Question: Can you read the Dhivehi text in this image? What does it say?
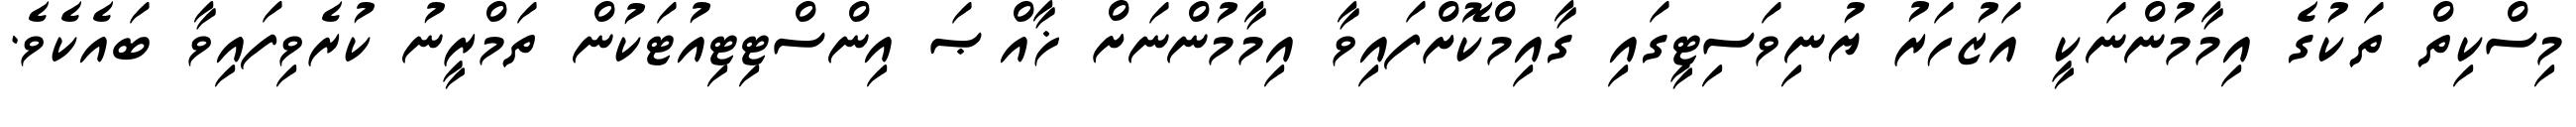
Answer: މިސްކިތް ތަކުގެ އިމާމުންނަކީ އަޒުހަރު ޔުނިވަސިޓީގައި ގާއިމްކޮށްފައިވާ އިމާމުންނަށް ޚާއްޞަ އިންސްޓިޓިއުޓަކުން ތަމްރީނު ކުރެވިފައިވާ ބައެކެވެ.